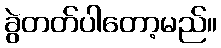
ခွဲတတ်ပါတော့မည်။